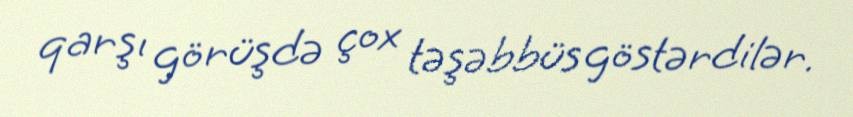
qarşı görüşdə çox təşəbbüs göstərdilər.